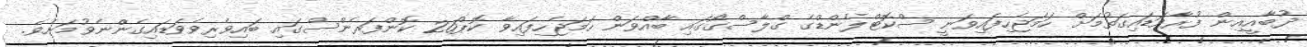
ދުބާއީއިން ފުރާވަޑައިގަތުމަށް ހަމަޖެހިފައިވަނީ ސްކޮޓްލެންޑްގެ ގްލާސްގޯގައި ބާއްވަން ހަމަޖެހިފައިވާ ކޮޕް26 ކޮންފަރެންސްގައި ބައިވެރިވެވަޑައިގެންނެވުމަށެވެ.